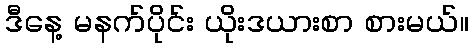
ဒီနေ့ မနက်ပိုင်း ယိုးဒယားစာ စားမယ်။